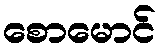
စောမောင်